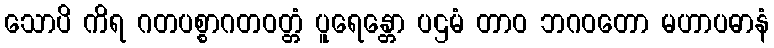
သောပိ ကိရ ဂတပစ္စာဂတဝတ္တံ ပူရေန္တော ပဌမံ တာဝ ဘဂဝတော မဟာပဓာနံ